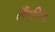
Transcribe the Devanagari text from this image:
लैंगरिज